Tartu_linnavalitsus, lk 91
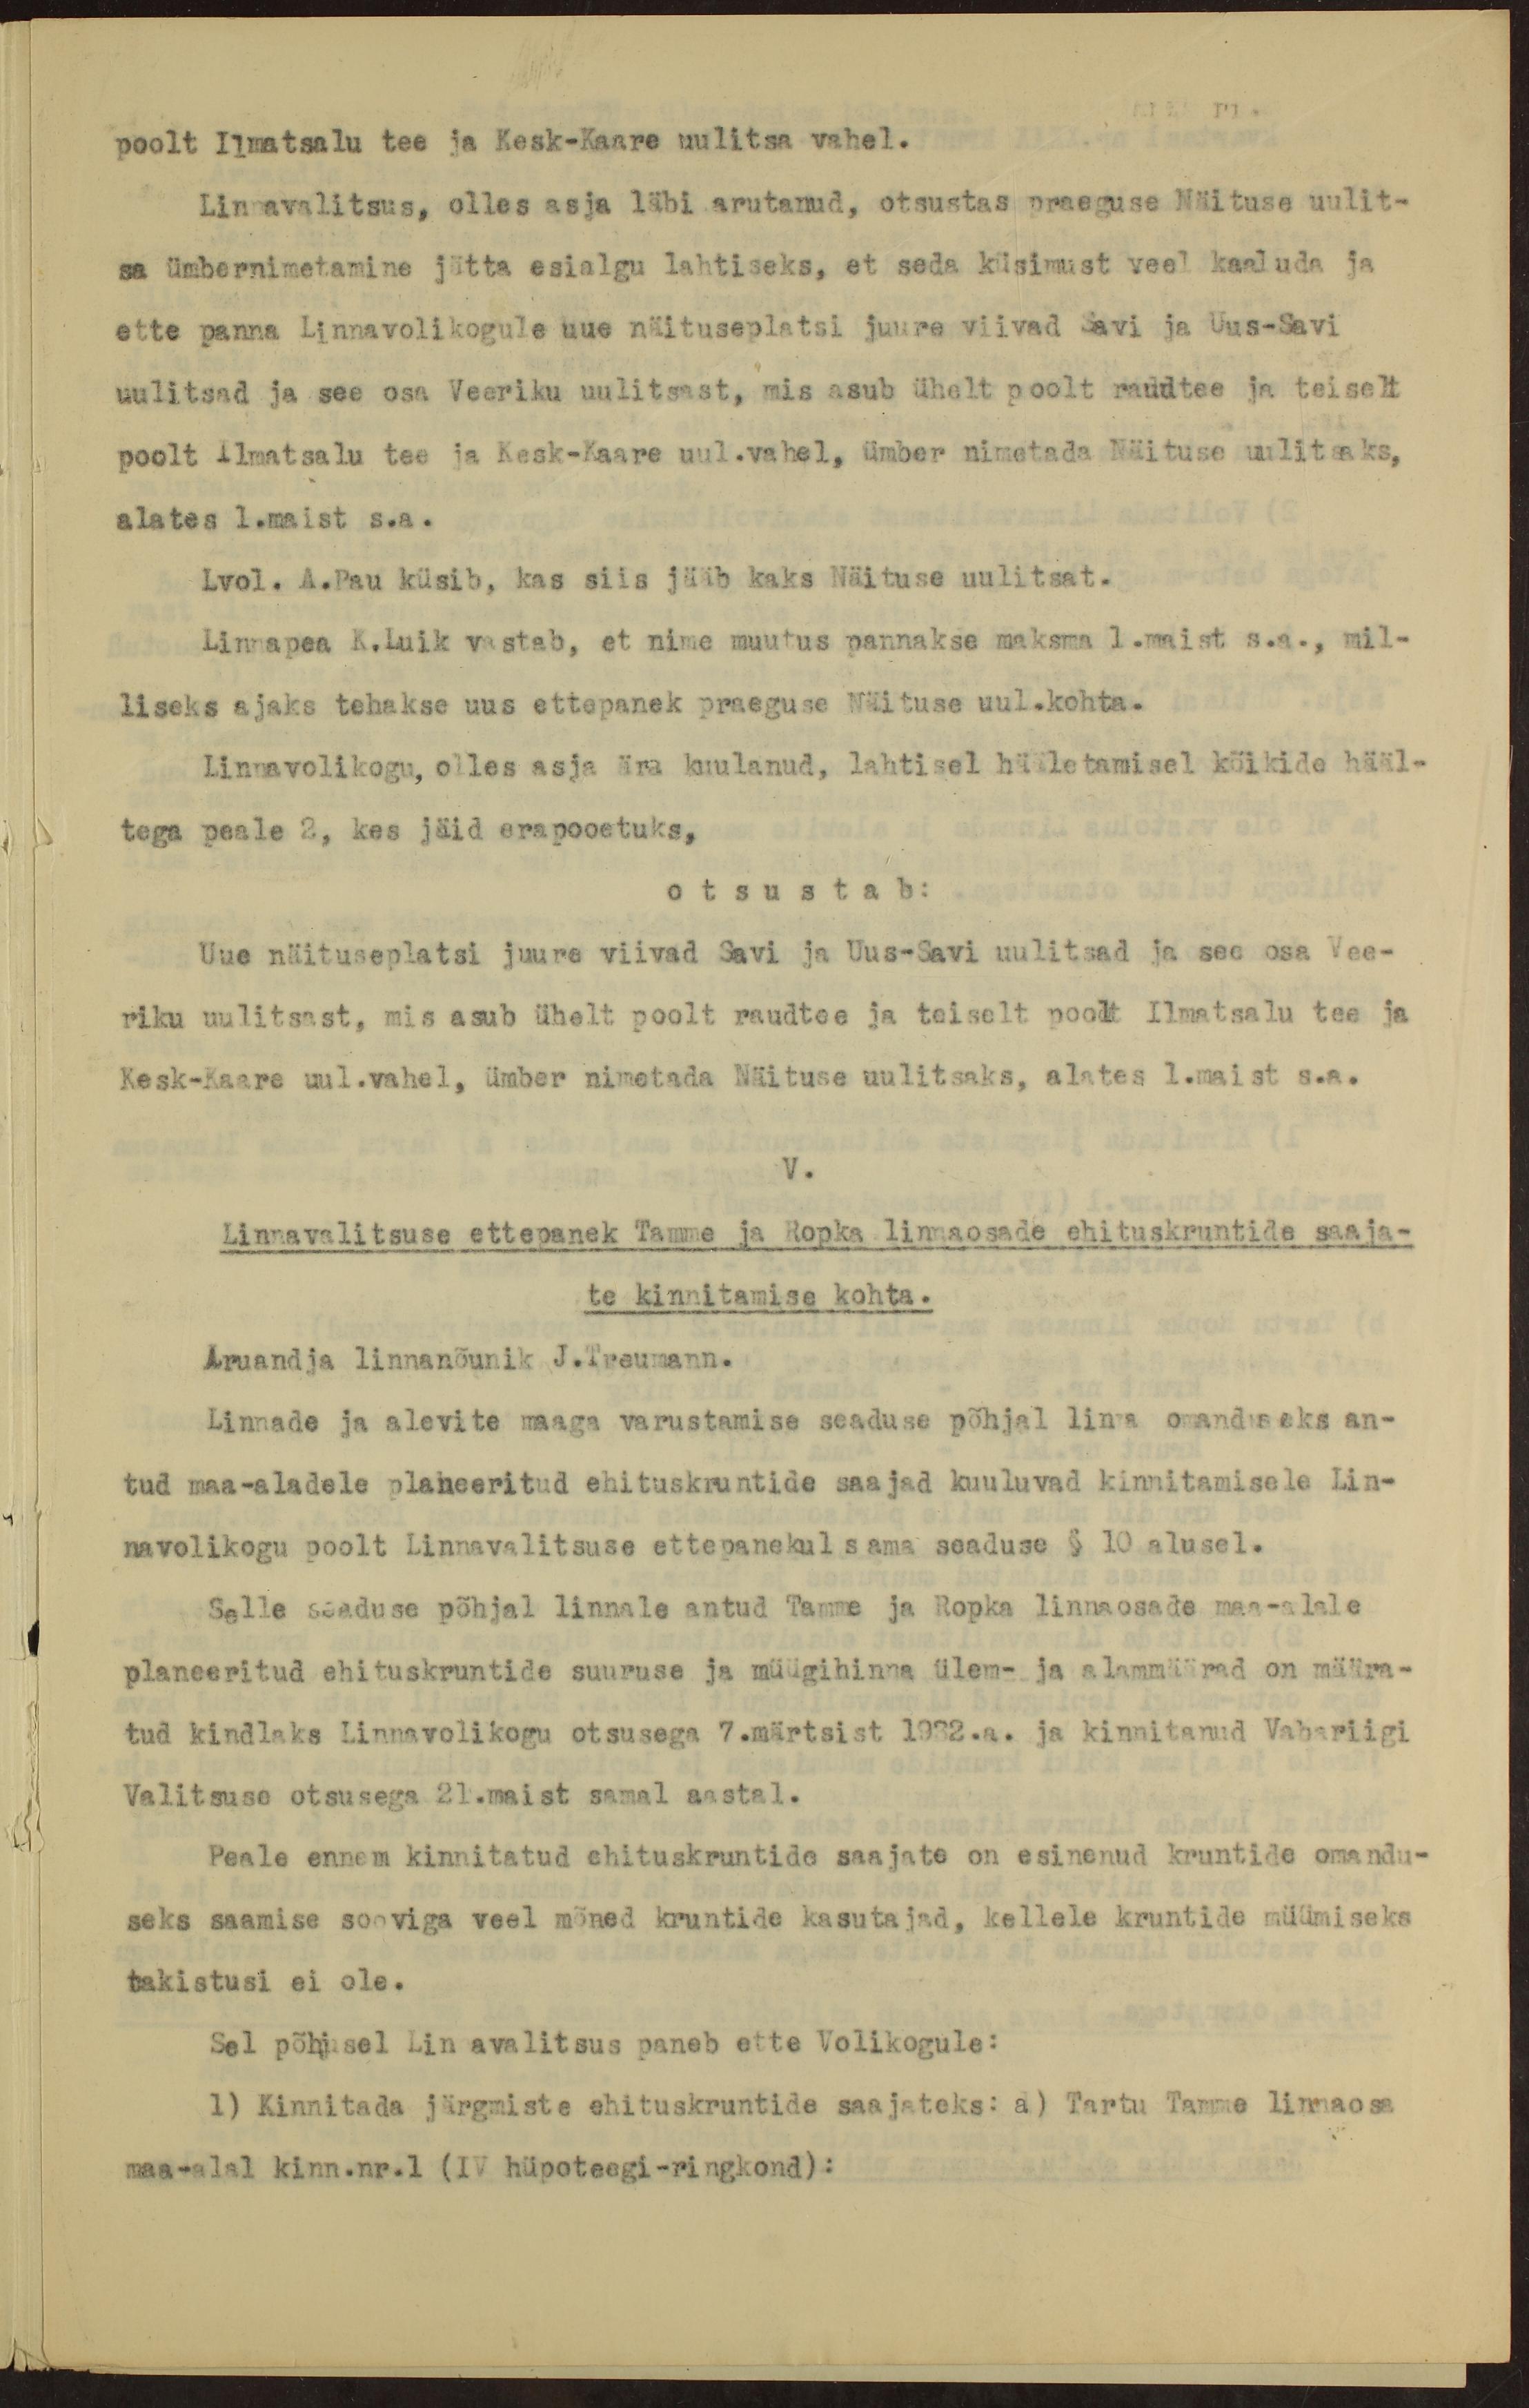
poolt Ilmatsalu tee ja Kesk-Kaare uulitsa vahel.
Linnavalitsus, olles asja läbi arutanud, otsustas praeguse Näituse uulit-
sa ümbernimetamine jätta esialgu lahtiseks, et seda küsimust veel kaaluda ja
ette panna Linnavolikogule uue näituseplatsi juure viivad Savi ja Uus-Savi
uulitsad ja see osa Veeriku uulitsast, mis asub ühelt poolt raudtee ja teiselt
poolt Ilmatsalu tee ja Kesk-Kaare uul.vahel, ümber nimetada Näituse uulitsaks,
alates 1.maist s.a.
Lvol. A.Pau küsib, kas siis jääb kaks Näituse uulitsat.
Linnapea K.Luik vastab, et nime muutus pannakse maksma 1.maist s.a., mil-
liseks ajaks tehakse uus ettepanek praeguse Näituse uul.kohta.
Linnavolikogu, olles asja ära kuulanud, lahtisel hääletamisel kõikide hääl-
tega peale 2, kes jäid erapooetuks,
otsustab:
Uue näituseplatsi juure viivad Savi ja Uus-Savi uulitsad ja see osa Vee-
riku uulitsast, mis asub ühelt poolt raudtee ja teiselt poolt Ilmatsalu tee ja
Kesk-Kaare uul. vahel, ümber nimetada Näituse uulitsaks, alates 1.maist s.a.
V.
Linnavalitsuse ettepanek Tamme ja Ropka linnaosade ehituskruntide saaja-
te kinnitamise kohta.
Aruandja linnanõunik J.Treumann.
Linnade ja alevite maaga varustamise seaduse põhjal linna omanduseks an-
tud maa-aladele planeeritud ehituskruntide saajad kuuluvad kinnitamisele Lin-
navolikogu poolt Linnavalitsuse ettepanekul sama seaduse § 10 alusel.
Selle seaduse põhjal linnale antud Tamme ja Ropka linnaosade maa-alale
planeeritud ehituskruntide suuruse ja müügihinna ülem- ja alammäärad on määra-
tud kindlaks Linnavolikogu otsusega 7.märtsist 1932.a. ja kinnitanud Vabariigi
Valitsuse otsusega 21.maist samal aastal.
Peale ennem kinnitatud ehituskruntide saajate on esinenud kruntide omandu-
seks saamise sooviga veel mõned kruntide kasutajad, kellele kruntide müümiseks
takistusi ei ole.
Sel põhjusel Lin awalitsus paneb ette Volikogule:
1) Kinnitada järgmiste ehituskruntide saajateks: a) Tartu Tamme linnaosa
maa-alal kinn. nr.1 (IV hüpoteegi-ringkond):